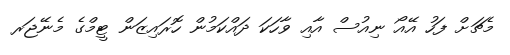
މެޗަށް ފަހު އޭއޯ ނިއުސް އާއި ވާހަކަ ދައްކަމުން ހޮރައިޒަން ޓީމްގެ މެނޭޖަރ